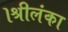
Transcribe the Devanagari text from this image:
।श्रीलंका